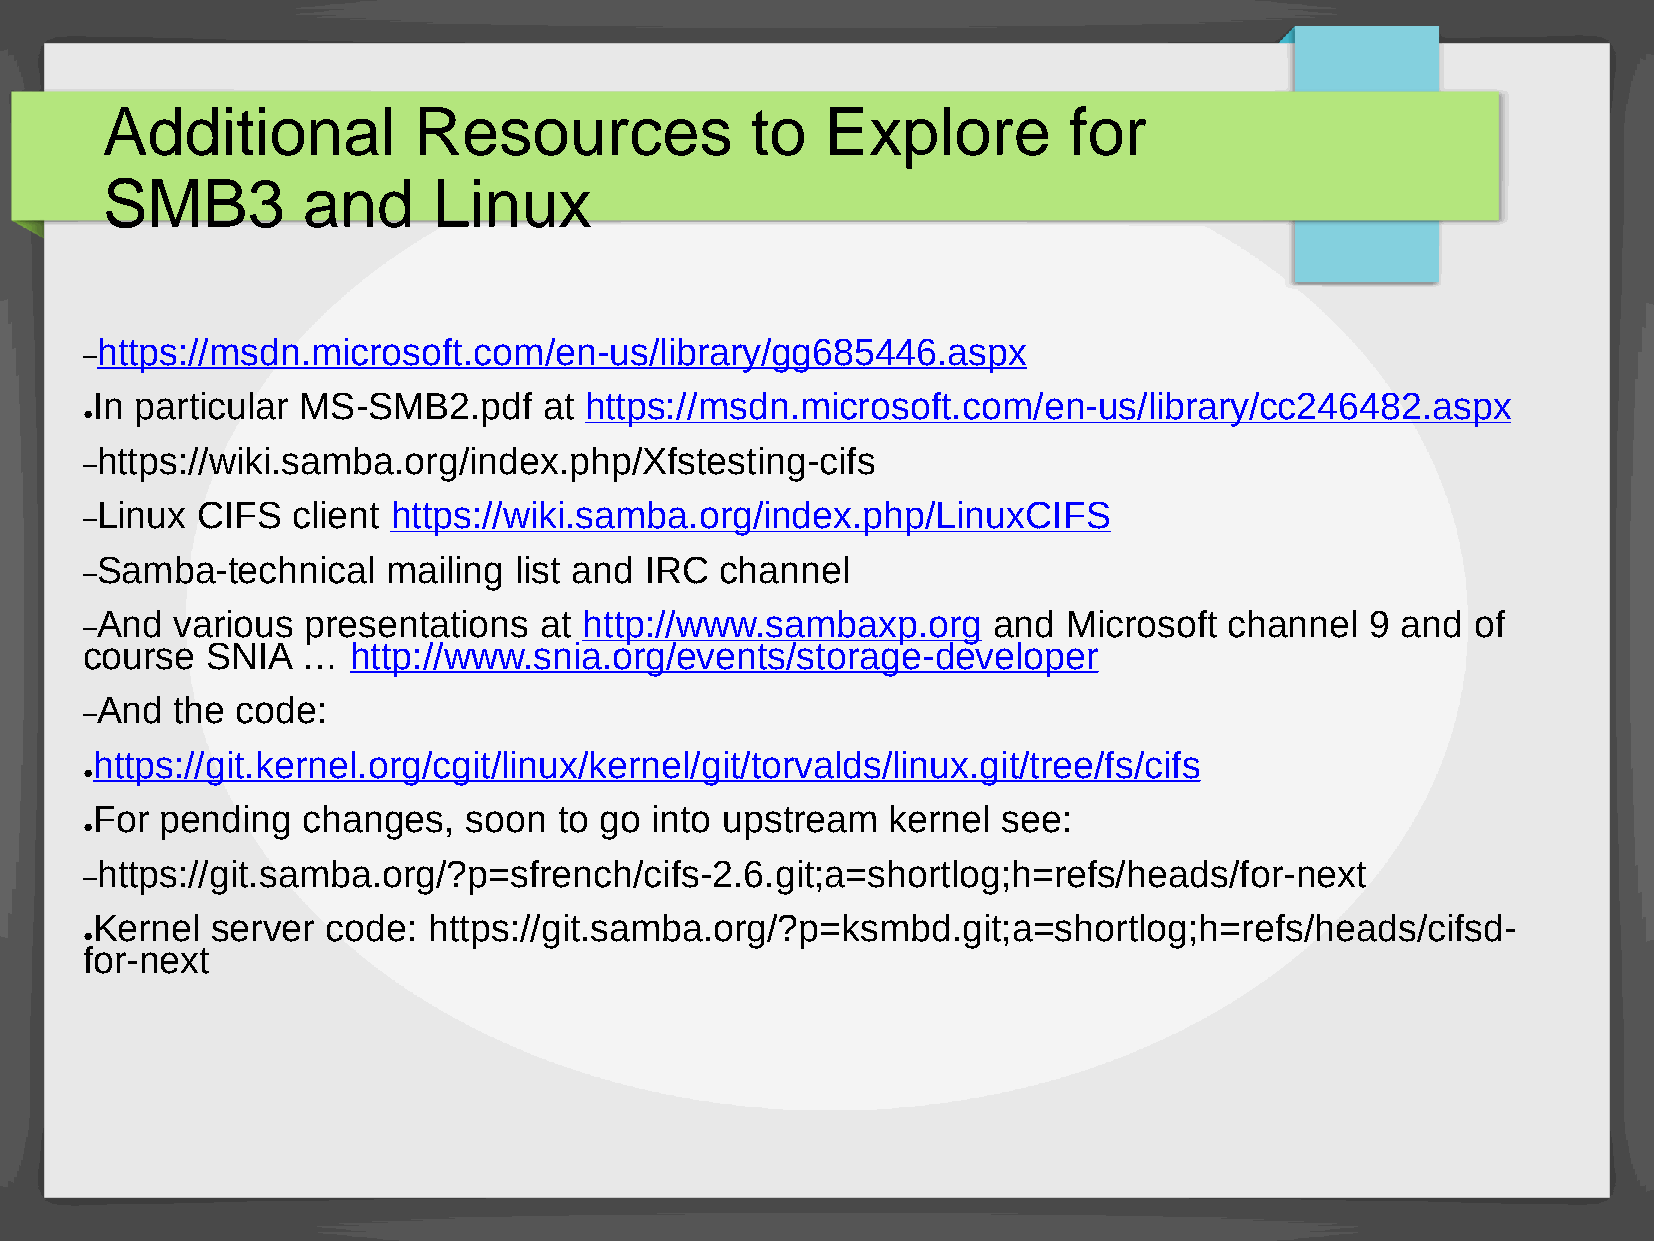
Additional          Resources              to   Explore         for
 SMB3         and      Linux
 https://msdn.microsoft.com/en-us/library/gg685446.aspx
 –
 In particular MS-SMB2.pdf     at https://msdn.microsoft.com/en-us/library/cc246482.aspx
 ●
 https://wiki.samba.org/index.php/Xfstesting-cifs
 –
 Linux  CIFS  client https://wiki.samba.org/index.php/LinuxCIFS
 –
 Samba-technical     mailing list and IRC  channel
 –
 And   various presentations   at http://www.sambaxp.org     and  Microsoft channel   9 and  of
 –
 course   SNIA  …  http://www.snia.org/events/storage-developer
 And  the  code:
 –
 https://git.kernel.org/cgit/linux/kernel/git/torvalds/linux.git/tree/fs/cifs
 ●
 For  pending  changes,   soon  to go into upstream   kernel see:
 ●
 https://git.samba.org/?p=sfrench/cifs-2.6.git;a=shortlog;h=refs/heads/for-next
 –
 Kernel  server  code: https://git.samba.org/?p=ksmbd.git;a=shortlog;h=refs/heads/cifsd-
 ●
 for-next